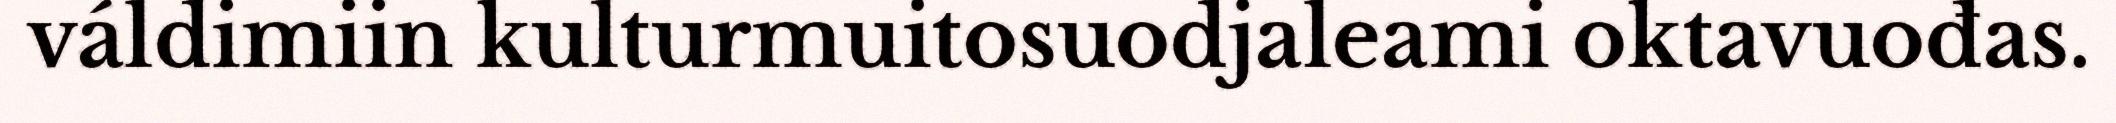
váldimiin kulturmuitosuodjaleami oktavuođas.